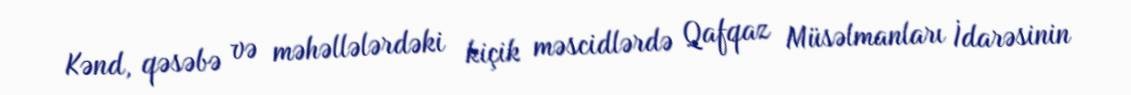
Kənd, qəsəbə və məhəllələrdəki kiçik məscidlərdə Qafqaz Müsəlmanları İdarəsinin